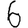
Digit: 6